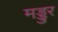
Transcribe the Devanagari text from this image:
मड्डुर